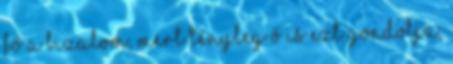
Fő a bizalom, mert tényleg ő is ezt gondolja,